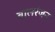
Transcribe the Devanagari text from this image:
बालरंजन